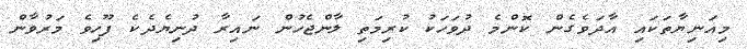
މިއަނިޔާތަކައި އާދަވެގެން ކޮންމެ ދުވަހަކު ކުރިމަތި ލާންޖެހުން ނައިރާ ދުނިޔެދެކެ ފޫހިވެ މަރުވާން